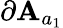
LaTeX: \partial\mathbf{A}_{a_{1}}